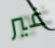
غير